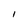
Character: 1